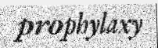
prophylaxy